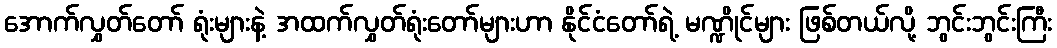
အောက်လွှတ်တော် ရုံးများနဲ့ အထက်လွှတ်ရုံးတော်များဟာ နိုင်ငံတော်ရဲ့ မဏ္ဍိုင်များ ဖြစ်တယ်လို့ ဘွင်းဘွင်းကြီး